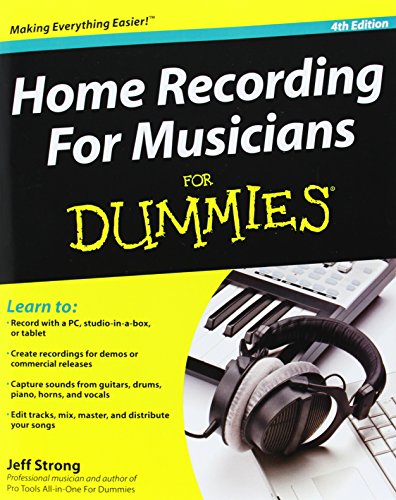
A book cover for Home Recording For Musicians For Dummies; Jeff Strong; Crafts, Hobbies & Home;